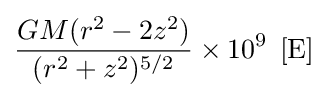
{GM(r^{2}-2z^{2}) \over (r^{2}+z^{2})^{5/2}}\times 10^{9}\;\left[{\text{E}}\right]